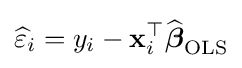
{\widehat {\varepsilon }}_{i}=y_{i}-\mathbf {x} _{i}^{\top }{\widehat {\boldsymbol {\beta }}}_{\mathrm {OLS} }